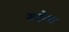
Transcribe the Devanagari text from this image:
सदरेचा